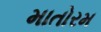
માતોરમ